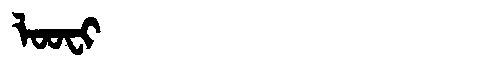
Manchu: ᠯᠣᠣᠸᡳ
Romanization: LOOFI